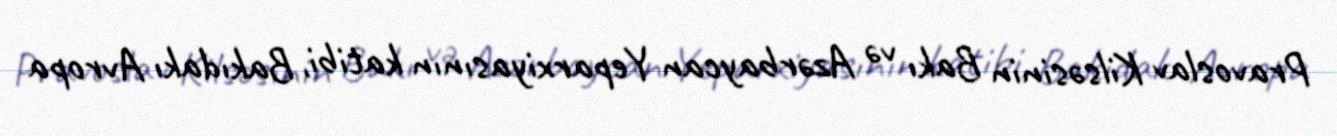
Pravoslav Kilsəsinin Bakı və Azərbaycan Yeparxiyasının katibi, Bakıdakı Avropa